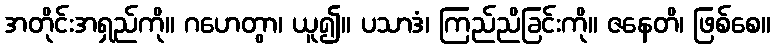
အတိုင်းအရှည်ကို။ ဂဟေတွာ၊ ယူ၍။ ပသာဒံ၊ ကြည်ညိခြင်းကို။ ဇနေတိ၊ ဖြစ်စေ။